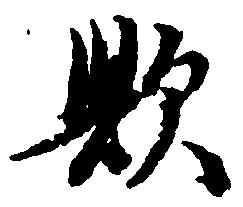
歟